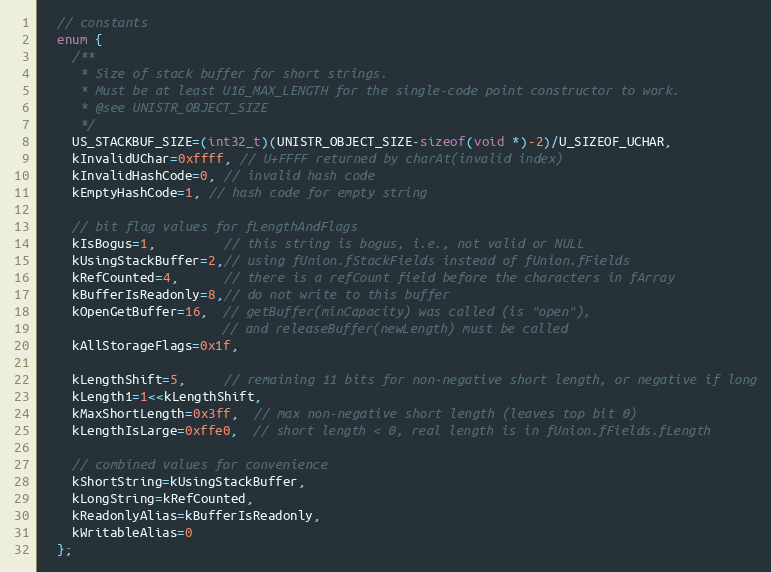
Language: C
  // constants
  enum {
    /**
     * Size of stack buffer for short strings.
     * Must be at least U16_MAX_LENGTH for the single-code point constructor to work.
     * @see UNISTR_OBJECT_SIZE
     */
    US_STACKBUF_SIZE=(int32_t)(UNISTR_OBJECT_SIZE-sizeof(void *)-2)/U_SIZEOF_UCHAR,
    kInvalidUChar=0xffff, // U+FFFF returned by charAt(invalid index)
    kInvalidHashCode=0, // invalid hash code
    kEmptyHashCode=1, // hash code for empty string

    // bit flag values for fLengthAndFlags
    kIsBogus=1,         // this string is bogus, i.e., not valid or NULL
    kUsingStackBuffer=2,// using fUnion.fStackFields instead of fUnion.fFields
    kRefCounted=4,      // there is a refCount field before the characters in fArray
    kBufferIsReadonly=8,// do not write to this buffer
    kOpenGetBuffer=16,  // getBuffer(minCapacity) was called (is "open"),
                        // and releaseBuffer(newLength) must be called
    kAllStorageFlags=0x1f,

    kLengthShift=5,     // remaining 11 bits for non-negative short length, or negative if long
    kLength1=1<<kLengthShift,
    kMaxShortLength=0x3ff,  // max non-negative short length (leaves top bit 0)
    kLengthIsLarge=0xffe0,  // short length < 0, real length is in fUnion.fFields.fLength

    // combined values for convenience
    kShortString=kUsingStackBuffer,
    kLongString=kRefCounted,
    kReadonlyAlias=kBufferIsReadonly,
    kWritableAlias=0
  };